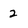
Character: 2